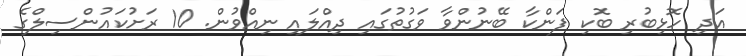
އަދި ހޮޅިބުރި ބޮކި ފަންކާ ބޭނުންވާ ވަގުތުގައި ދިއްލައި ނިއްވުން. 10 ރަށުކައުންސިލްގެ